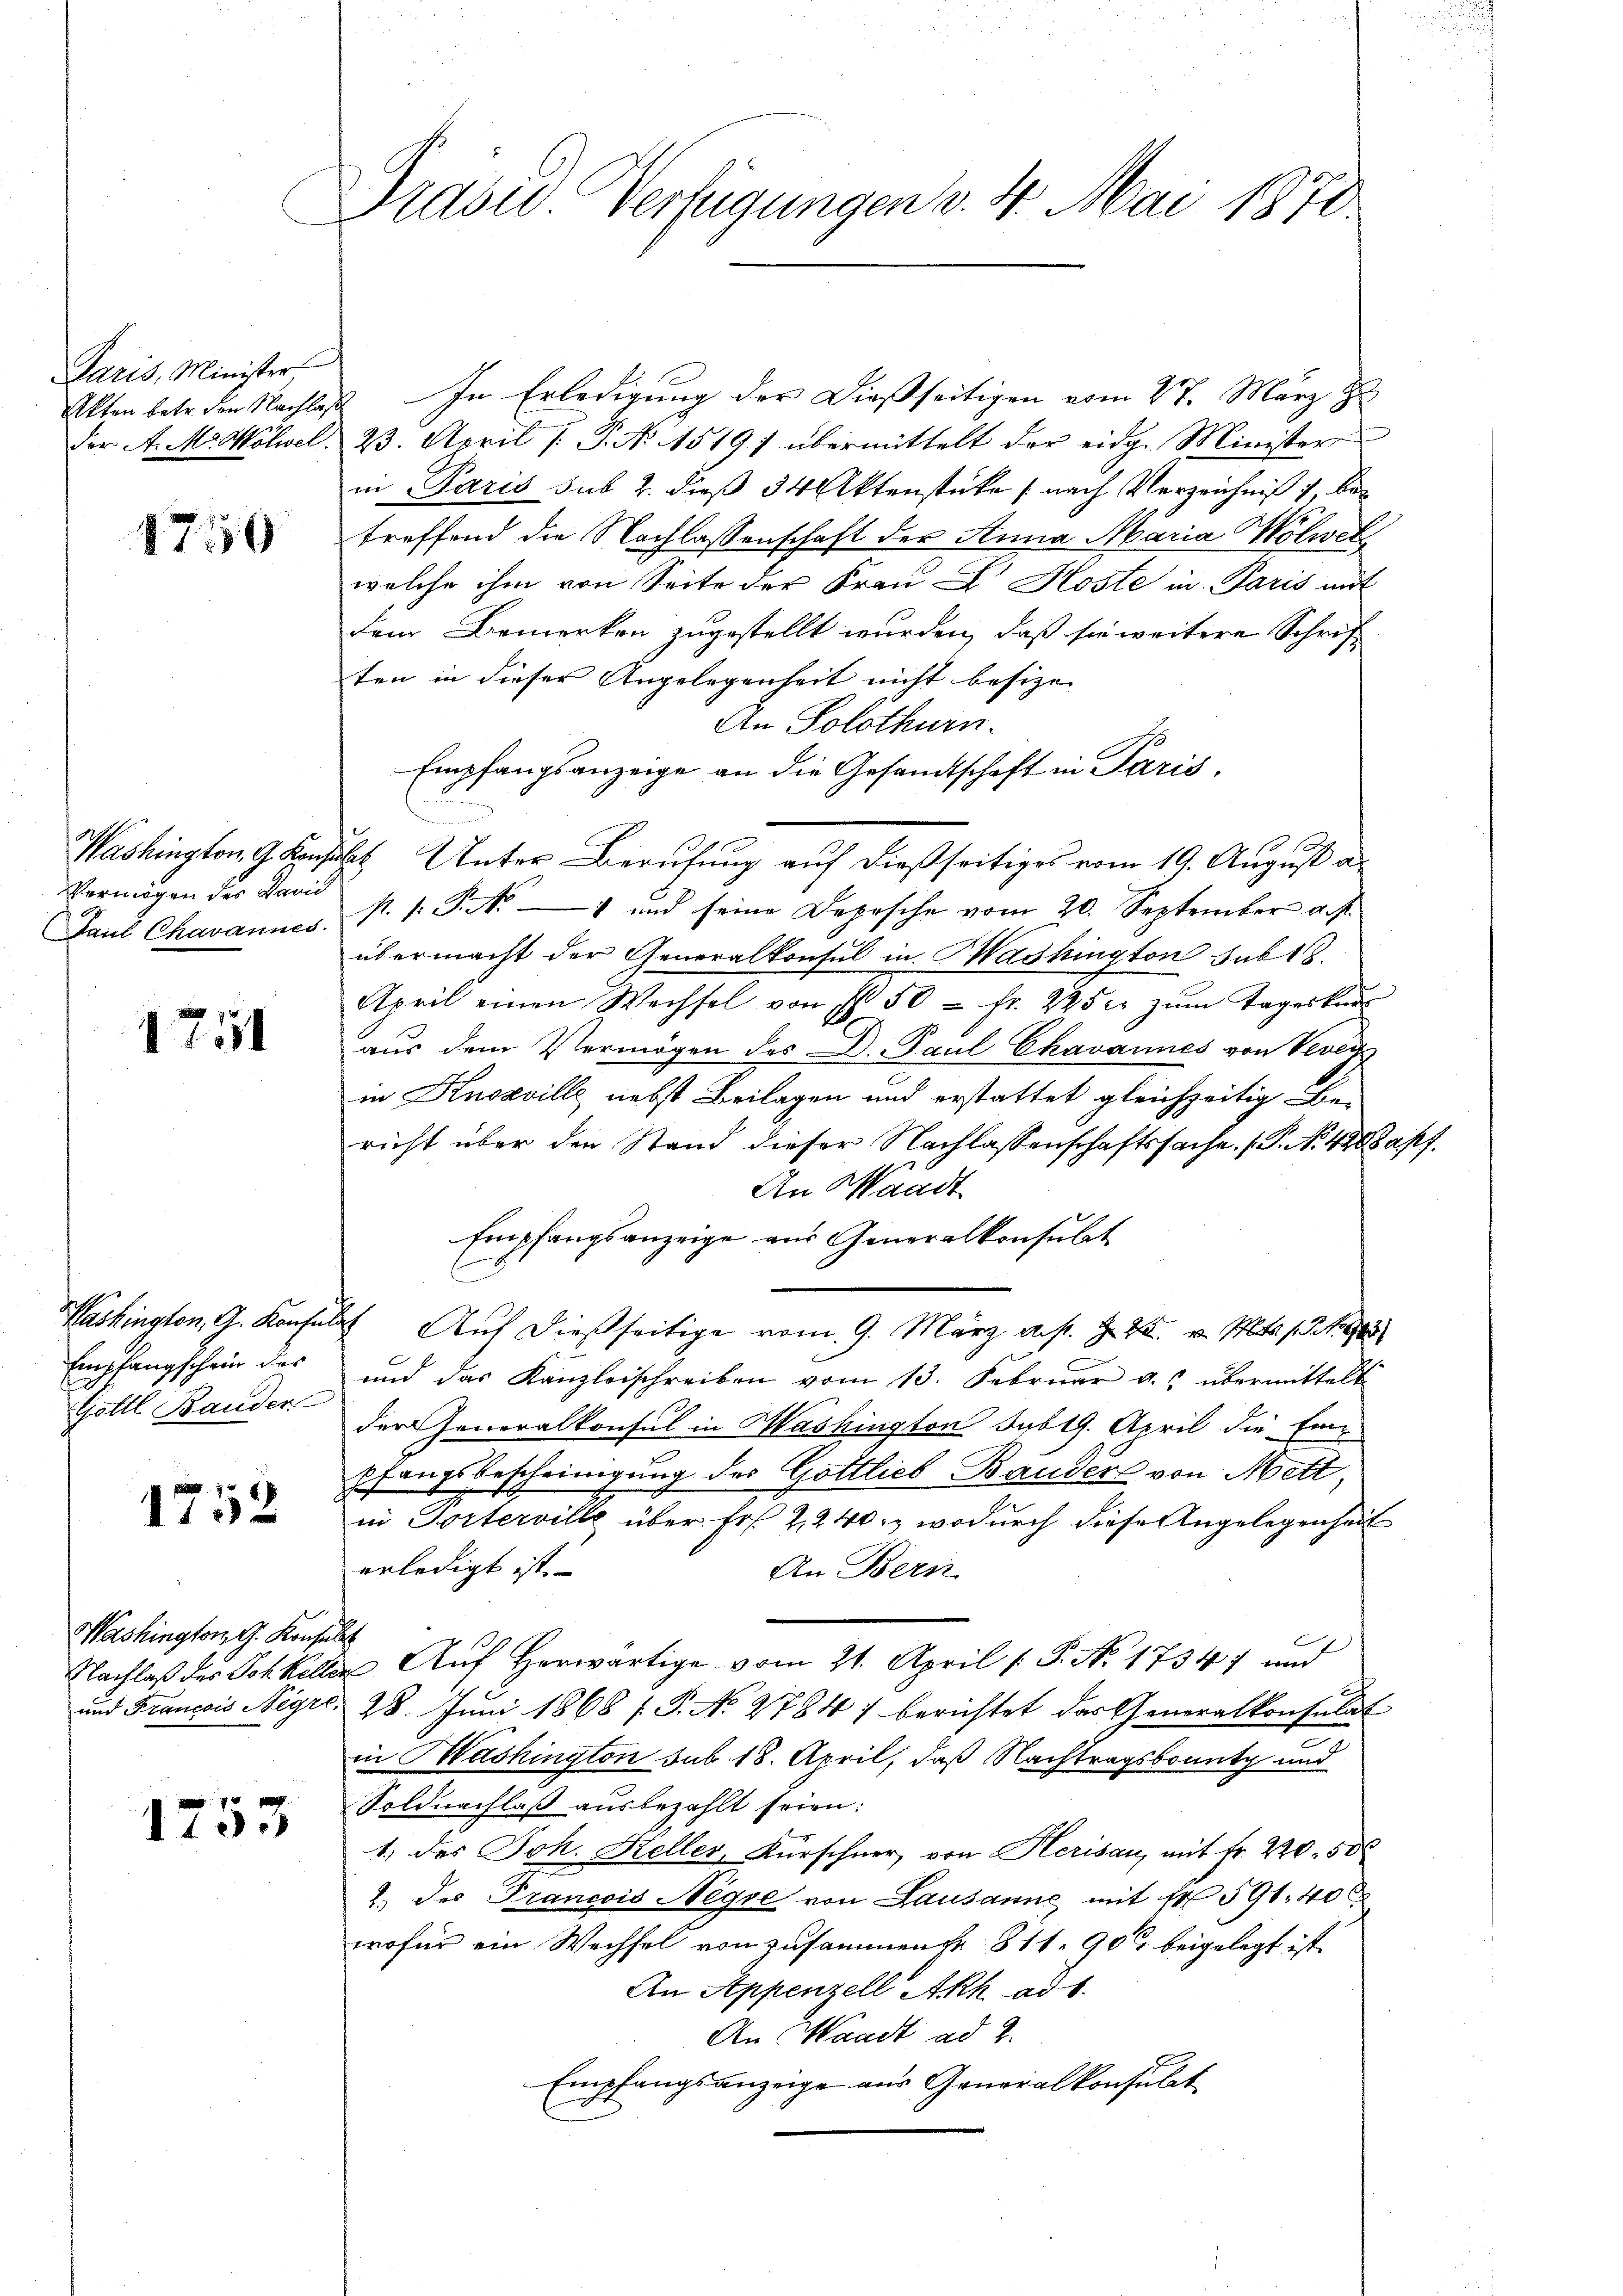
Paris, Minister
Akten betr. den Nachlaß
der A. M. Wolwel.

1750

Vermögen des David
Paul Chavannes.

1751

Washington, G. Konsul
Empfangschein des
Gottl Bauder

x
1 f 0 x

Washington G. Konsen
Nachlaß des Joh. Kelle
und Francois Negrt,

1753

Präsid. Verfügungen v. 4. Mai 1870

In Erledigung der Dießseitigen vom 27. März z
23. April /: P. No. 1519. übermittelt der eidg. Minister
in Paris sub 2. dieß 34 Aktenstüke (nach Verzeichniß betreffend die Nachlassenschaft der Stuna Maria Wolwet
welche ihm von Seite der Frau Dr. Koste in Paris mit
dem Bemerken zugestellt wurden, daß sie weitere Schrift
ten in dieser Angelegenheit nicht besize
An Solothurn.
Empfangsanzeige an die Gesandtschaft in Paris,
Washington G. Konsulat Unter Berufung auf dießseitiges vom 19. August a
p. s. S. 4 und seine Depesche vom 20. September a. p.
übermacht der Generalkonsul in Washington sub 18.
April einen Wechsel von Ihr 50 fr. 245 er zŭm Tageskur
aus dem Vermögen des D. Paul Chavannes von Vevers
in Knosville nebst Beilagen und erstattet gleichzeitig bei
richt über den Stand dieser Nachlassenschaftssache. (P. N. 448 apf.
An Waadt
Empfangsanzeige aus Generalkonsulat
2) Auf dießseitige vom 9. März d. s. Z. 22. v. Mts. Z. 188
und das Kanzleischreiben vom 13. Februar a. übermittelt
der Generalkonsul in Washington Sabt. April die Einpfangsbescheinigung des Gottlieb Bauder von Mett,
in Torterville über Fr. 2,240. wodurch diese Angelegenheit
erledigt ist.
An Bern
b
 Auf Herwärtige vom 21. April [ P. No. 17347 und
28. Juni 1868 f. P. No 2784) berichtet das Generalkonsulat
in Washington sub 18. April, daß Nachtragsbounty und
Soldnachlaß ausbezahlt seien:
1. des Joh. Keller, Kürschner, von Herisau, mit Fr. 220. 500
2. des Francois Negre von Lausanne, mit fr 591. 40 x
wofür ein Wechsel von zusammen Fr. 811. 90 beigelegt ist.
An Appenzell Akh ad 1.
An Waadt ad 2.
Empfangsanzeige aus Generalkonsulat